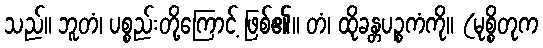
သည်။ ဘူတံ၊ ပစ္စည်းတို့ကြောင့် ဖြစ်၏။ တံ၊ ထိုခန္တပဉ္စကံကို။ (မုစ္စိတုက